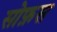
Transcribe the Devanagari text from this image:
सोफ़स